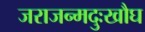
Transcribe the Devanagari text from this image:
जराजन्मदुःखौघ